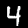
Digit: 4